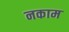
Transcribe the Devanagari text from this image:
नकाम